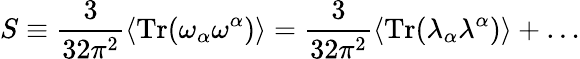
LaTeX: S\equiv\frac{3}{32\pi^{2}}\langle\mathrm{Tr}(\omega_{\alpha}\omega^{\alpha})\rangle=\frac{3}{32\pi^{2}}\langle\mathrm{Tr}(\lambda_{\alpha}\lambda^{\alpha})\rangle+\ldots